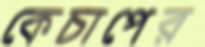
কেচাপের